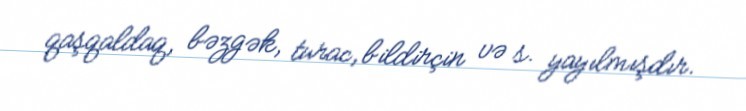
qaşqaldaq, bəzgək, turac, bildirçin və s. yayılmışdır.